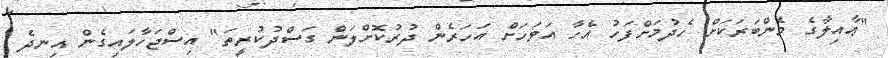
"ޢާއިލާގެ މެންބަރަކަށް ހެދުމަށްފަހު އެހާ އަވަހަށް އަހަރެން ދުރުކޮށްލަން ގަސްދުކުރީތަ" އިސްޖަހާލައިގެން އިނދެ